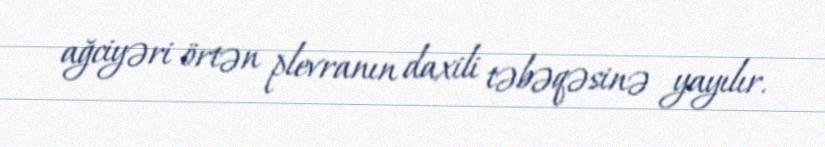
ağciyəri örtən plevranın daxili təbəqəsinə yayılır.